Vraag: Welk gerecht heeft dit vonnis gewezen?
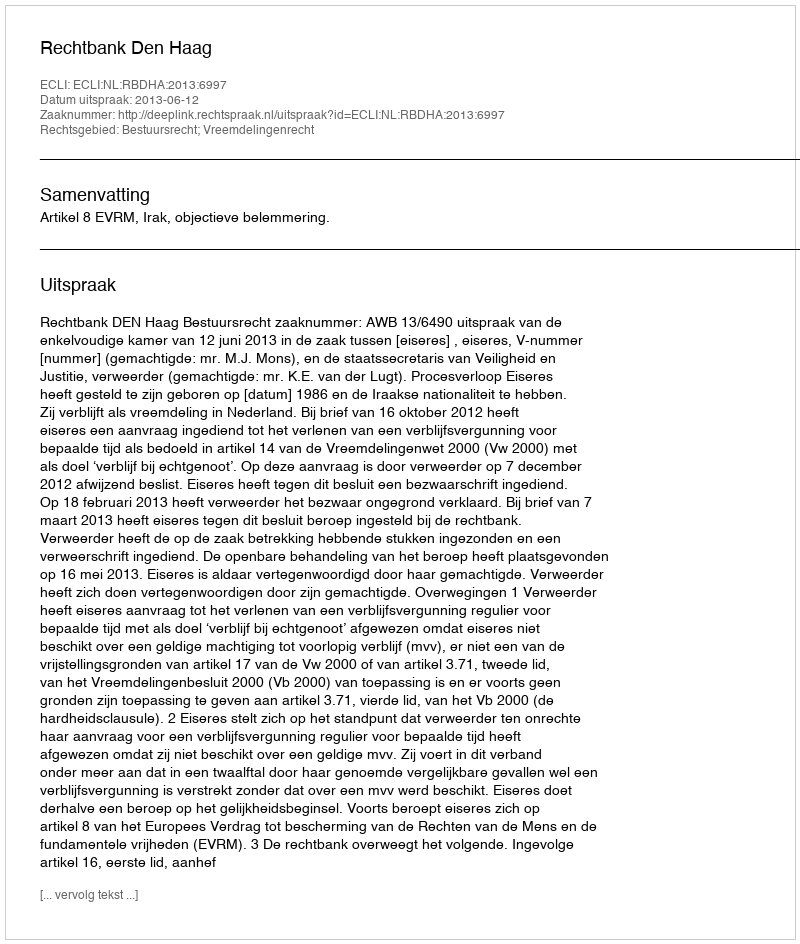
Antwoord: Rechtbank Den Haag